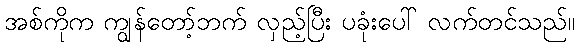
အစ်ကိုက ကျွန်တော့်ဘက် လှည့်ပြီး ပခုံးပေါ် လက်တင်သည်။